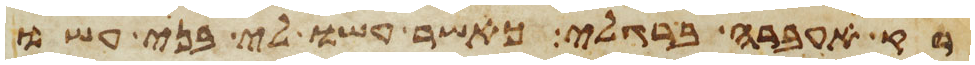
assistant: רק אעברה ברגלי כאשר עשו לי בני עשו